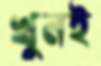
খুনই